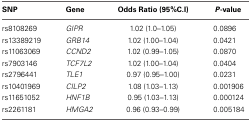
<table><thead><tr><td><b>SNP</b></td><td><b>Gene</b></td><td><b>Odds Ratio (95%C.I)</b></td><td><b><i>P</i>-value</b></td></tr></thead><tbody><tr><td>rs8108269</td><td><i>GIPR</i></td><td>1.02 (1.0–1.05)</td><td>0.0896</td></tr><tr><td>rs13389219</td><td><i>GRB14</i></td><td>1.02 (1.00–1.04)</td><td>0.0421</td></tr><tr><td>rs11063069</td><td><i>CCND2</i></td><td>1.02 (0.99–1.05)</td><td>0.0870</td></tr><tr><td>rs7903146</td><td><i>TCF7L2</i></td><td>1.02 (1.00–1.04)</td><td>0.0404</td></tr><tr><td>rs2796441</td><td><i>TLE1</i></td><td>0.97 (0.95–1.00)</td><td>0.0231</td></tr><tr><td>rs10401969</td><td><i>CILP2</i></td><td>1.08 (1.03–1.13)</td><td>0.001906</td></tr><tr><td>rs11651052</td><td><i>HNF1B</i></td><td>0.95 (1.03–1.13)</td><td>0.000124</td></tr><tr><td>rs2261181</td><td><i>HMGA2</i></td><td>0.96 (0.93–0.99)</td><td>0.005184</td></tr></tbody></table>